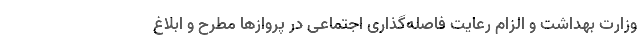
وزارت بهداشت و الزام رعایت فاصله‌گذاری اجتماعی در پروازها مطرح و ابلاغ